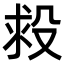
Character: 𣪋